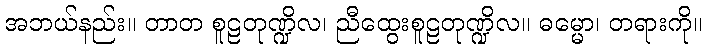
အဘယ်နည်း။ တာတ စူဠတုဏ္ဍိလ၊ ညီထွေးစူဠတုဏ္ဍိလ။ ဓမ္မော၊ တရားကို။